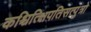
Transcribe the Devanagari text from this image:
कश्चित्क्षिपतिसत्पुत्रो